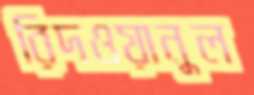
রিদওয়ানুল